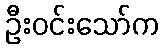
ဦးဝင်းသော်က